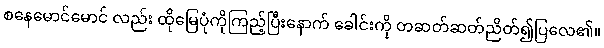
စနေမောင်မောင် လည်း ထိုမြေပုံကိုကြည့်ပြီးနောက် ခေါင်းကို တဆတ်ဆတ်ညိတ်၍ပြလေ၏။